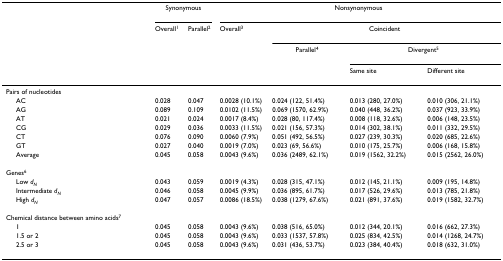
<table><thead><tr><td></td><td colspan="2"><b>Synonymous</b></td><td colspan="4"><b>Nonsynonymous</b></td></tr><tr><td></td><td><b>Overall<sup>1</sup></b></td><td><b>Parallel<sup>2</sup></b></td><td><b>Overall<sup>3</sup></b></td><td colspan="3"><b>Coincident</b></td></tr><tr><td></td><td></td><td></td><td></td><td><b>Parallel<sup>4</sup></b></td><td colspan="2"><b>Divergent<sup>5</sup></b></td></tr><tr><td></td><td></td><td></td><td></td><td></td><td><b>Same site</b></td><td><b>Different site</b></td></tr></thead><tbody><tr><td>Pairs of nucleotides</td><td></td><td></td><td></td><td></td><td></td><td></td></tr><tr><td> AC</td><td>0.028</td><td>0.047</td><td>0.0028 (10.1%)</td><td>0.024 (122, 51.4%)</td><td>0.013 (280, 27.0%)</td><td>0.010 (306, 21.1%)</td></tr><tr><td> AG</td><td>0.089</td><td>0.109</td><td>0.0102 (11.5%)</td><td>0.069 (1570, 62.9%)</td><td>0.040 (448, 36.2%)</td><td>0.037 (923, 33.9%)</td></tr><tr><td> AT</td><td>0.021</td><td>0.024</td><td>0.0017 (8.4%)</td><td>0.028 (80, 117.4%)</td><td>0.008 (118, 32.6%)</td><td>0.006 (148, 23.5%)</td></tr><tr><td> CG</td><td>0.029</td><td>0.036</td><td>0.0033 (11.5%)</td><td>0.021 (156, 57.3%)</td><td>0.014 (302, 38.1%)</td><td>0.011 (332, 29.5%)</td></tr><tr><td> CT</td><td>0.076</td><td>0.090</td><td>0.0060 (7.9%)</td><td>0.051 (492, 56.5%)</td><td>0.027 (239, 30.3%)</td><td>0.020 (685, 22.6%)</td></tr><tr><td> GT</td><td>0.027</td><td>0.040</td><td>0.0019 (7.0%)</td><td>0.023 (69, 56.6%)</td><td>0.010 (175, 25.7%)</td><td>0.006 (168, 15.8%)</td></tr><tr><td> Average</td><td>0.045</td><td>0.058</td><td>0.0043 (9.6%)</td><td>0.036 (2489, 62.1%)</td><td>0.019 (1562, 32.2%)</td><td>0.015 (2562, 26.0%)</td></tr><tr><td>Genes<sup>6</sup></td><td></td><td></td><td></td><td></td><td></td><td></td></tr><tr><td> Low <i>d</i><sub><i>N</i></sub></td><td>0.043</td><td>0.059</td><td>0.0019 (4.3%)</td><td>0.028 (315, 47.1%)</td><td>0.012 (145, 21.1%)</td><td>0.009 (195, 14.8%)</td></tr><tr><td> Intermediate <i>d</i><sub><i>N</i></sub></td><td>0.046</td><td>0.058</td><td>0.0045 (9.9%)</td><td>0.036 (895, 61.7%)</td><td>0.017 (526, 29.6%)</td><td>0.013 (785, 21.8%)</td></tr><tr><td> High <i>d</i><sub><i>N</i></sub></td><td>0.047</td><td>0.057</td><td>0.0086 (18.5%)</td><td>0.038 (1279, 67.6%)</td><td>0.021 (891, 37.6%)</td><td>0.019 (1582, 32.7%)</td></tr><tr><td>Chemical distance between amino acids<sup>7</sup></td><td></td><td></td><td></td><td></td><td></td><td></td></tr><tr><td> 1</td><td>0.045</td><td>0.058</td><td>0.0043 (9.6%)</td><td>0.038 (516, 65.0%)</td><td>0.012 (344, 20.1%)</td><td>0.016 (662, 27.3%)</td></tr><tr><td> 1.5 or 2</td><td>0.045</td><td>0.058</td><td>0.0043 (9.6%)</td><td>0.033 (1537, 57.8%)</td><td>0.025 (834, 42.5%)</td><td>0.014 (1268, 24.7%)</td></tr><tr><td> 2.5 or 3</td><td>0.045</td><td>0.058</td><td>0.0043 (9.6%)</td><td>0.031 (436, 53.7%)</td><td>0.023 (384, 40.4%)</td><td>0.018 (632, 31.0%)</td></tr></tbody></table>